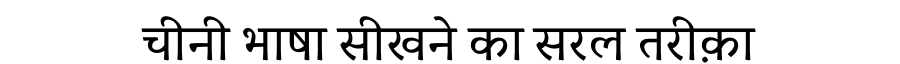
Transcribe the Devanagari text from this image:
चीनी भाषा सीखने का सरल तरीक़ा